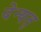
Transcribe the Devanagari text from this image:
देन्यत्